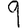
Digit: 9